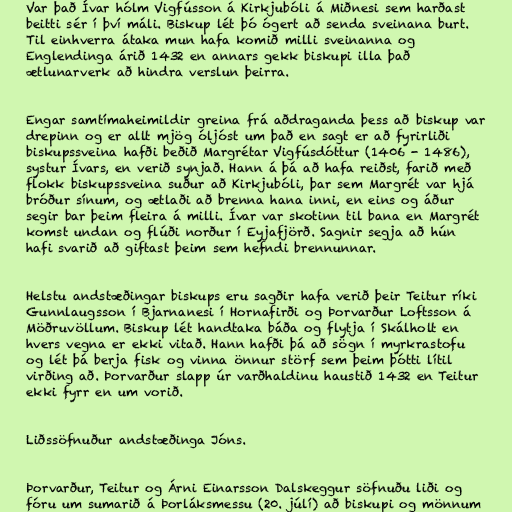
Var það Ívar hólm Vigfússon á Kirkjubóli á Miðnesi sem harðast
beitti sér í því máli. Biskup lét þó ógert að senda sveinana burt.
Til einhverra átaka mun hafa komið milli sveinanna og
Englendinga árið 1432 en annars gekk biskupi illa það
ætlunarverk að hindra verslun þeirra.

Engar samtímaheimildir greina frá aðdraganda þess að biskup var
drepinn og er allt mjög óljóst um það en sagt er að fyrirliði
biskupssveina hafði beðið Margrétar Vigfúsdóttur (1406 - 1486),
systur Ívars, en verið synjað. Hann á þá að hafa reiðst, farið með
flokk biskupssveina suður að Kirkjubóli, þar sem Margrét var hjá
bróður sínum, og ætlaði að brenna hana inni, en eins og áður
segir bar þeim fleira á milli. Ívar var skotinn til bana en Margrét
komst undan og flúði norður í Eyjafjörð. Sagnir segja að hún
hafi svarið að giftast þeim sem hefndi brennunnar.

Helstu andstæðingar biskups eru sagðir hafa verið þeir Teitur ríki
Gunnlaugsson í Bjarnanesi í Hornafirði og Þorvarður Loftsson á
Möðruvöllum. Biskup lét handtaka báða og flytja í Skálholt en
hvers vegna er ekki vitað. Hann hafði þá að sögn í myrkrastofu
og lét þá berja fisk og vinna önnur störf sem þeim þótti lítil
virðing að. Þorvarður slapp úr varðhaldinu haustið 1432 en Teitur
ekki fyrr en um vorið.

Liðssöfnuður andstæðinga Jóns.

Þorvarður, Teitur og Árni Einarsson Dalskeggur söfnuðu liði og
fóru um sumarið á Þorláksmessu (20. júlí) að biskupi og mönnum